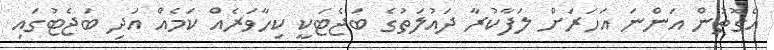
އެގޮތުން އަންނަ އަހަރަށް ލަފާކުރާ ދައުލަތުގެ ބަޖެޓަކީ ކިހާވަރެއް ކަމެއް އަދި ބަޖެޓުގައި